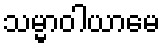
သမ္မာဝါယာမေ